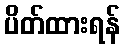
ပိတ်ထားရန်